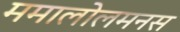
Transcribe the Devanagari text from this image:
ममालोलमनस